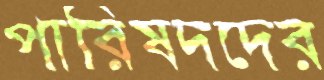
পারিষদদের